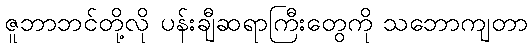
ဇူဘာဘင်တို့လို ပန်းချီဆရာကြီးတွေကို သဘောကျတာ